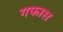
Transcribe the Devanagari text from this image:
गफास